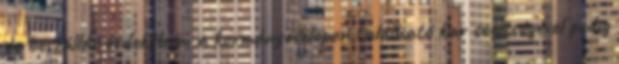
és beszállás érdekében, a kormányoszlopon található kar segítségével pedig